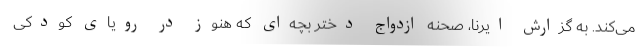
می‌کند. به گزارش ایرنا، صحنه ازدواج دختر بچه‌ای که هنوز در رویای کودکی